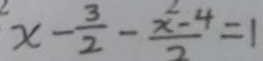
x - \frac { 3 } { 2 } - \frac { x ^ { 2 } - 4 } { 2 } = 1